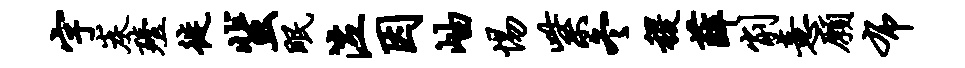
字炭殪徙蜚眠泣因岫惕紫冬稷薛削意愿布